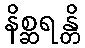
နိစ္ဆရန္တိ